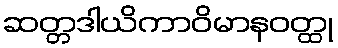
ဆတ္တဒါယိကာဝိမာနဝတ္ထု